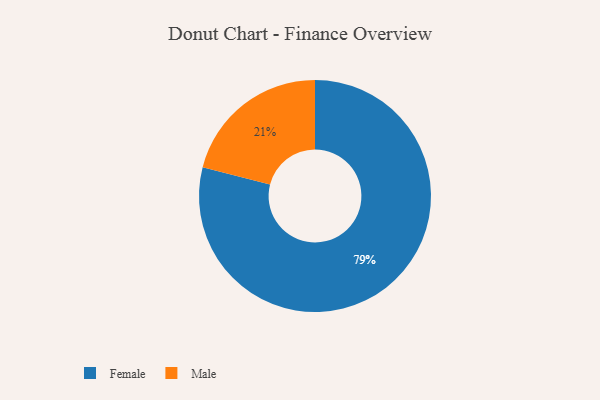
{"axis": {"x": "Category", "y": "Percentage"}, "legend": ["Female", "Male"], "data": [{"x": "Male", "y": 21, "type": "Male"}, {"x": "Female", "y": 79, "type": "Female"}]}